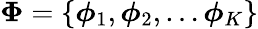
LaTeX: \boldsymbol{\Phi}=\{ \boldsymbol{\phi}_{1},\boldsymbol{\phi}_{2},\dots\boldsymbol{\phi}_{K}\}